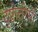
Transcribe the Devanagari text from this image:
दुष्टोत्तरेसी